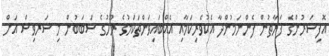
އޮފިސަރުންގެ ފަރާތުން ފެންނަމުންދާ އެކުވެރިކަމާއި އެއްބައިވަންތަކަމުގެ ރޫހުގެ ސަބަބުން މި ސަރވިސް އަށް